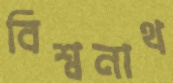
বিশ্বনাথ